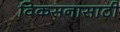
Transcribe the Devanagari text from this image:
विकसनासाठी